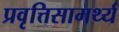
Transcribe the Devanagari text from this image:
प्रवृत्तिसामर्थ्य